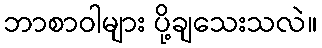
ဘာစာဝါများ ပို့ချသေးသလဲ။